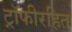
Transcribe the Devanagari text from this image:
ट्रॉफीरहित